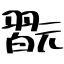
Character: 翫